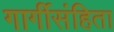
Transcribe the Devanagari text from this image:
गार्गीसंहिता